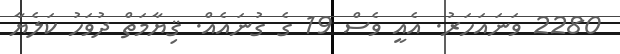
2280 ވަނައަހަރު. އެއީ ވެސް 19 ގެ ގުނައެއް. ޤިޔާމަތް ދުވަހު ކަލެޔާ